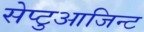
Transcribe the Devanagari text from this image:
सेप्टुआजिन्ट